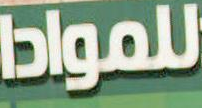
للمواد